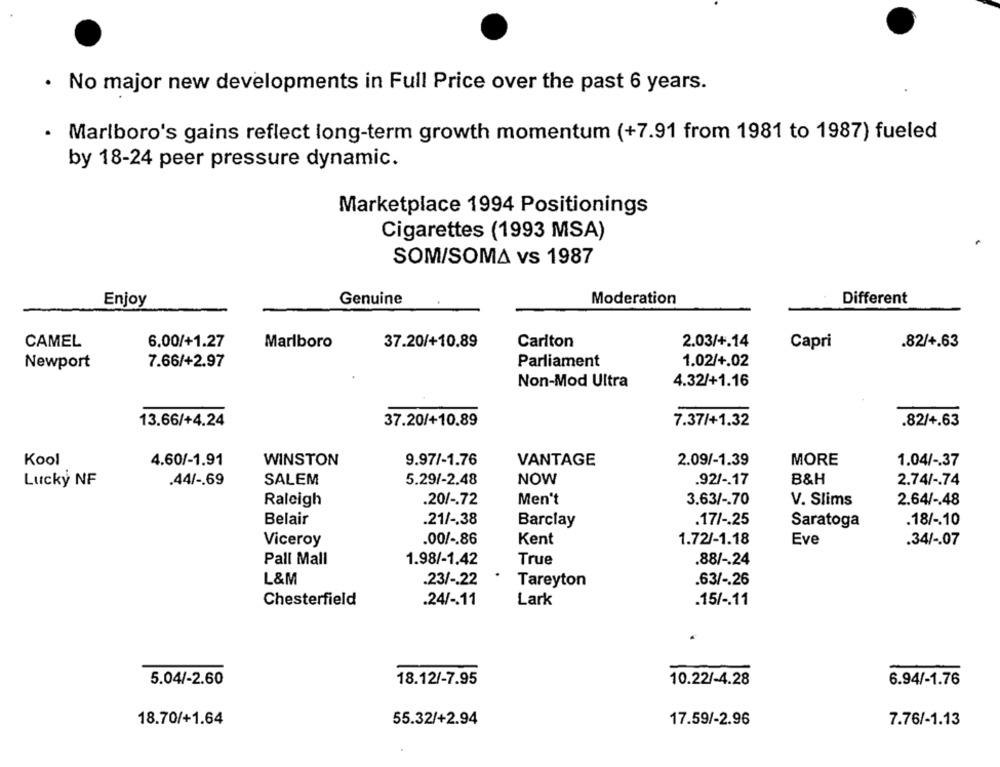
. No major new developments in Full Price over the past 6 years.
· Marlboro's gains reflect long-term growth momentum (+7.91 from 1981 to 1987) fueled
by 18-24 peer pressure dynamic.
Marketplace 1994 Positionings
Cigarettes (1993 MSA)
SOM/SOMA vs 1987
Enjoy
Genuine
Moderation
Different
CAMEL
6.00/+1.27
Marlboro
37.20/+10.89
Carlton
2.03/+.14
Capri
.82/+.63
Newport
7.66/+2.97
Parliament
1.02/+.02
Non-Mod Ultra
4.32/+1.16
37.20/+10.89
7.37/+1.32
.82/+.63
13.66/+4.24
Kool
4.60/-1.91
WINSTON
9.97/-1.76
VANTAGE
2.09/-1.39
MORE
1.04/ -. 37
Lucky NF
.44/ -. 69
SALEM
5.29/-2.48
NOW
.92/ -. 17
B&H
2.74/ -. 74
Raleigh
.20/ -. 72
Men't
3.63/ -. 70
V. Slims
2.64/ -. 48
Belair
.21/ -. 38
.17/ -. 25
.18/ -. 10
Barclay
Saratoga
Viceroy
.00/ -. 86
Kent
1.72/-1.18
Eve
.34/ -. 07
True
.88/ -. 24
Pall Mall
1.98/-1.42
L&M
.23/ -. 22
Tareyton
.63/ -. 26
Chesterfield
.24/ -. 11
Lark
.15/ -. 11
5.04/-2.60
18.12/-7.95
10.22/-4.28
6.94/-1.76
18.70/+1.64
55.32/+2.94
17.59/-2.96
7.76/-1.13